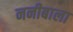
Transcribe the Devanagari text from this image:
ननीबाला